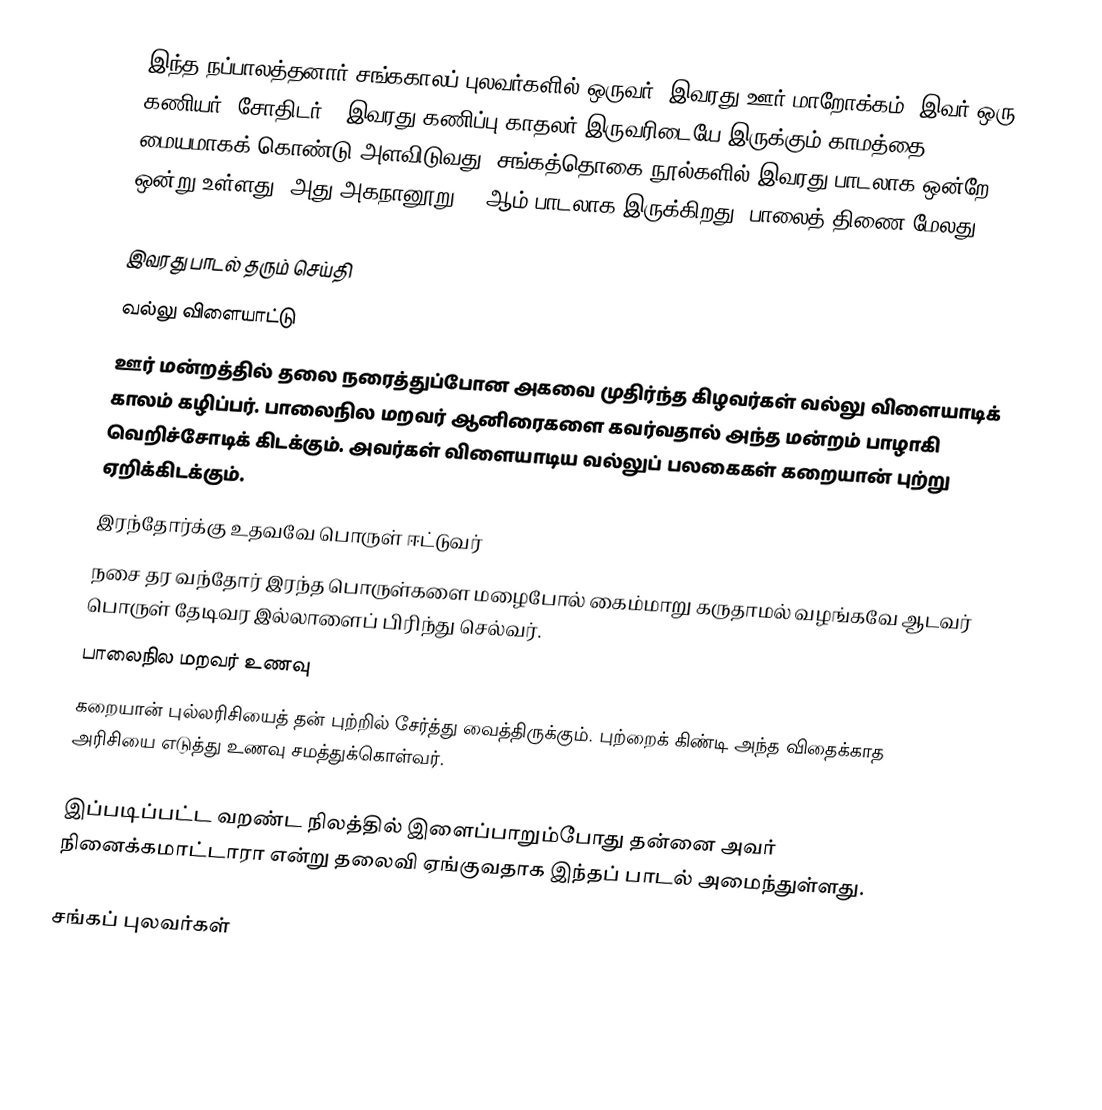
இந்த நப்பாலத்தனார் சங்ககாலப் புலவர்களில் ஒருவர். இவரது ஊர் மாறோக்கம். இவர் ஒரு கணியர் (சோதிடர்). இவரது கணிப்பு காதலர் இருவரிடையே இருக்கும் காமத்தை மையமாகக் கொண்டு அளவிடுவது. சங்கத்தொகை நூல்களில் இவரது பாடலாக ஒன்றே ஒன்று உள்ளது. அது அகநானூறு 377ஆம் பாடலாக இருக்கிறது. பாலைத் திணை மேலது.

இவரது பாடல் தரும் செய்தி
 வல்லு விளையாட்டு
ஊர் மன்றத்தில் தலை நரைத்துப்போன அகவை முதிர்ந்த கிழவர்கள் வல்லு விளையாடிக் காலம் கழிப்பர். பாலைநில மறவர் ஆனிரைகளை கவர்வதால் அந்த மன்றம் பாழாகி வெறிச்சோடிக் கிடக்கும். அவர்கள் விளையாடிய வல்லுப் பலகைகள் கறையான் புற்று ஏறிக்கிடக்கும்.
 இரந்தோர்க்கு உதவவே பொருள் ஈட்டுவர்
நசை தர வந்தோர் இரந்த பொருள்களை மழைபோல் கைம்மாறு கருதாமல் வழங்கவே ஆடவர் பொருள் தேடிவர இல்லாளைப் பிரிந்து செல்வர்.
 பாலைநில மறவர் உணவு
கறையான் புல்லரிசியைத் தன் புற்றில் சேர்த்து வைத்திருக்கும். புற்றைக் கிண்டி அந்த விதைக்காத அரிசியை எடுத்து உணவு சமத்துக்கொள்வர்.

இப்படிப்பட்ட வறண்ட நிலத்தில் இளைப்பாறும்போது தன்னை அவர் நினைக்கமாட்டாரா என்று தலைவி ஏங்குவதாக இந்தப் பாடல் அமைந்துள்ளது.

சங்கப் புலவர்கள்